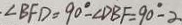
\cdot \angle B F D = 9 0 ^ { \circ } - \angle D B F = 9 0 ^ { \circ } - 2